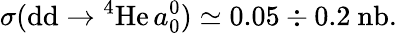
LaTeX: \sigma(\mathrm{d}\mathrm{d}\rightarrow\mathrm{{^4He}}\, a_{0}^{0})\simeq0.05\div0.2~\mathrm{{nb}}.